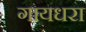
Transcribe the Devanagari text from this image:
गायधरा